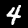
Label: 4